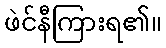
ဖဲင်နီကြားရ၏။